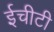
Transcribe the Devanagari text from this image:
ईचीटी